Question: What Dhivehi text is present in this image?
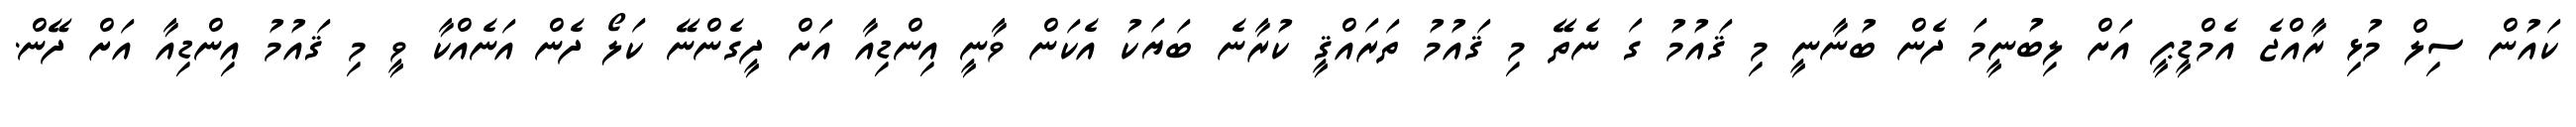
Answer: ކައުން ސިލް މުޅި ރާއްޖެ އެމްޑީޕީ އަށް ލިބުނީމަ ދެން ބުނާނީ މި ޤައުމު ގަ ނެތޭ މި ޤައުމު ތަރައްޤީ ކުރާނެ ބަޔަކު އެކަން ވާނީ އިންޑިއާ އަށް ދީގެންނޭ ކަލޯ ދެން އަނެއްކާ ވީ މި ޤައުމު އިންޑިއާ އަށް ދޭން.